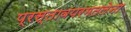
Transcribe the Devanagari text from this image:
प्रस्तावपरमतलेना